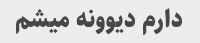
دارم دیوونه میشم